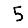
Digit: 5